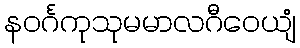
နဝင်္ဂကုသုမမာလဂီဝေယျံ